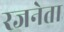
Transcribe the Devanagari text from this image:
रजनेता